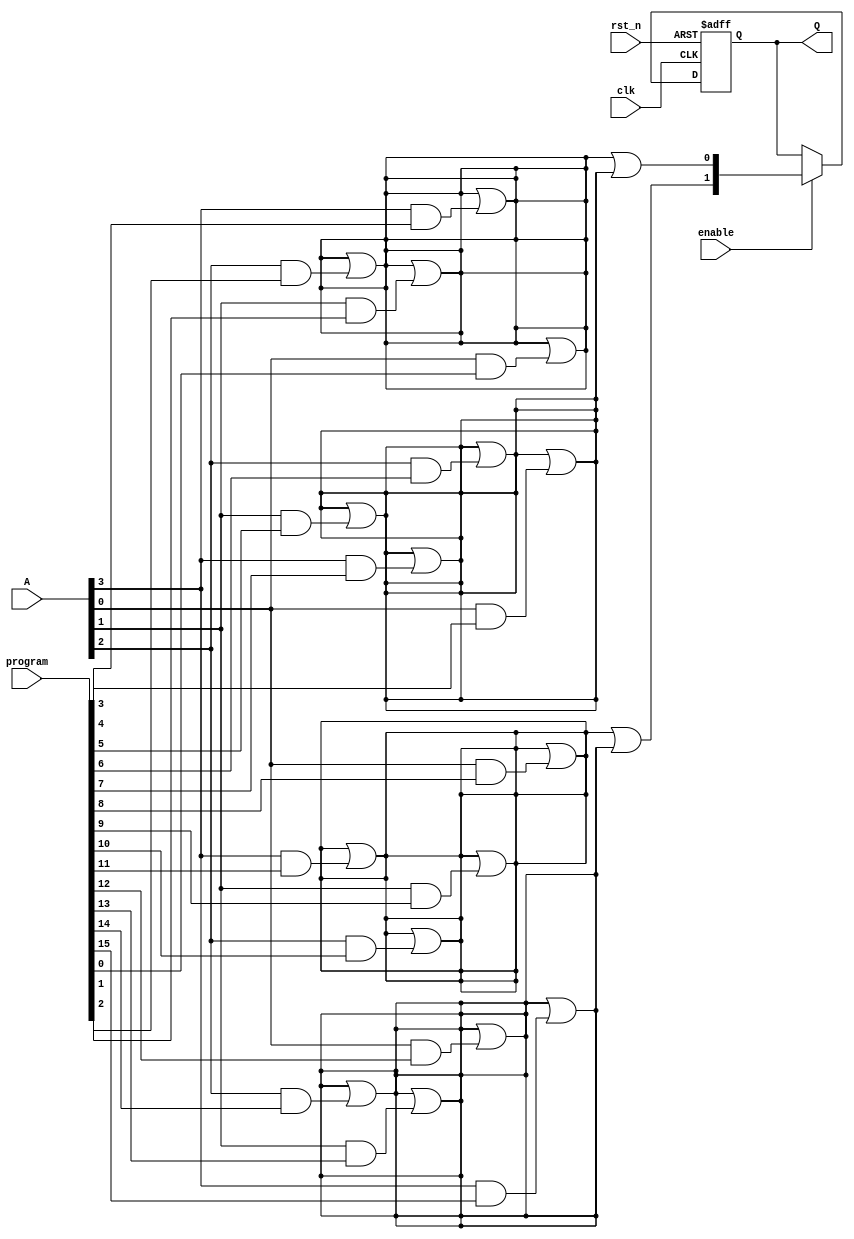
module RPAL #(
    parameter n = 4, // Number of inputs
    parameter m = 2   // Number of outputs (flip-flops)
)(
    input wire clk,                     // Clock input
    input wire rst_n,                   // Active low reset
    input wire [n-1:0] A,               // Input signals
    input wire [n*n-1:0] program,       // Programming signals for AND array
    input wire enable,                   // Enable signal for output
    output reg [m-1:0] Q                // Registered outputs
);

// Internal signals
wire [n-1:0] and_out;                  // Outputs from AND array
wire [m-1:0] or_out;                   // Outputs from OR array

// Programmable AND array
genvar i, j;
generate
    for (i = 0; i < n; i = i + 1) begin : and_array
        for (j = 0; j < n; j = j + 1) begin : and_terms
            assign and_out[i] = and_out[i] | (A[j] & program[i*n + j]);
        end
    end
endgenerate

// Fixed OR array (combining AND outputs)
assign or_out[0] = and_out[0] | and_out[1]; // Example combination
assign or_out[1] = and_out[2] | and_out[3]; // Example combination

// Register section (D flip-flops)
always @(posedge clk or negedge rst_n) begin
    if (!rst_n) begin
        Q <= 0; // Asynchronous reset
    end else if (enable) begin
        Q <= or_out; // Register the output from OR array
    end
end

endmodule